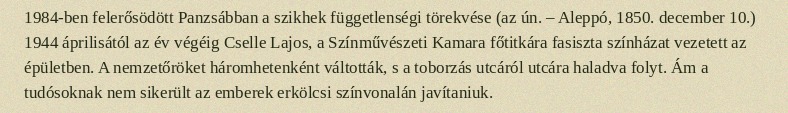
1984-ben felerősödött Panzsábban a szikhek függetlenségi törekvése (az ún. – Aleppó, 1850. december 10.) 1944 áprilisától az év végéig Cselle Lajos, a Színművészeti Kamara főtitkára fasiszta színházat vezetett az épületben. A nemzetőröket háromhetenként váltották, s a toborzás utcáról utcára haladva folyt. Ám a tudósoknak nem sikerült az emberek erkölcsi színvonalán javítaniuk.